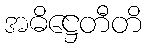
အဓိဋ္ဌေတီတိ